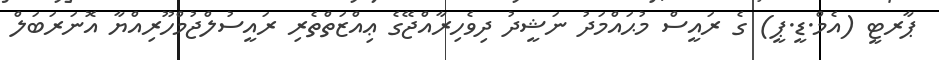
ޕާރޓީ (އެމް.ޑީ.ޕީ) ގެ ރައީސް މުޙައްމަދު ނަޝީދު ދިވެހިރާއްޖޭގެ ޢިއްޒަތްތެރި ރައީސުލްޖުމްހޫރިއްޔާ އޮނަރަބަލް